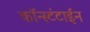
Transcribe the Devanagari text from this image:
कॉन्स्टंटाईन